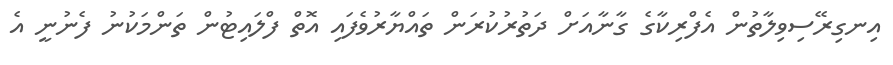
އިނގިރޭސިވިލާތުން އެފްރިކާގެ ގާނާއަށް ދަތުރުކުރަން ތައްޔާރުވެފައި އޮތް ފްލައިޓުން ތަންމަކުނު ފެނުނީ އެ